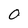
Character: O